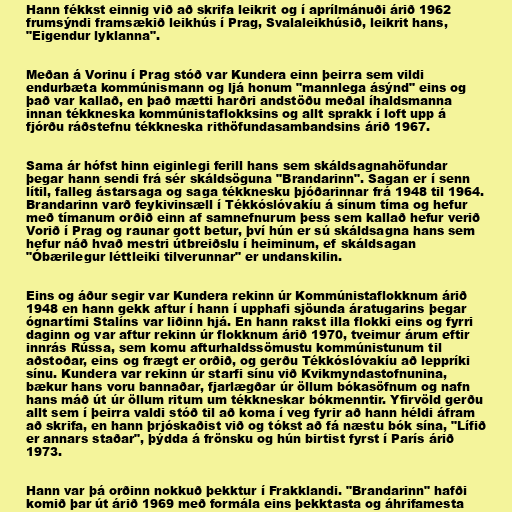
Hann fékkst einnig við að skrifa leikrit og í aprílmánuði árið 1962
frumsýndi framsækið leikhús í Prag, Svalaleikhúsið, leikrit hans,
"Eigendur lyklanna".

Meðan á Vorinu í Prag stóð var Kundera einn þeirra sem vildi
endurbæta kommúnismann og ljá honum "mannlega ásýnd" eins og
það var kallað, en það mætti harðri andstöðu meðal íhaldsmanna
innan tékkneska kommúnistaflokksins og allt sprakk í loft upp á
fjórðu ráðstefnu tékkneska rithöfundasambandsins árið 1967.

Sama ár hófst hinn eiginlegi ferill hans sem skáldsagnahöfundar
þegar hann sendi frá sér skáldsöguna "Brandarinn". Sagan er í senn
lítil, falleg ástarsaga og saga tékknesku þjóðarinnar frá 1948 til 1964.
Brandarinn varð feykivinsæll í Tékkóslóvakíu á sínum tíma og hefur
með tímanum orðið einn af samnefnurum þess sem kallað hefur verið
Vorið í Prag og raunar gott betur, því hún er sú skáldsagna hans sem
hefur náð hvað mestri útbreiðslu í heiminum, ef skáldsagan
"Óbærilegur léttleiki tilverunnar" er undanskilin.

Eins og áður segir var Kundera rekinn úr Kommúnistaflokknum árið
1948 en hann gekk aftur í hann í upphafi sjöunda áratugarins þegar
ógnartími Stalíns var liðinn hjá. En hann rakst illa flokki eins og fyrri
daginn og var aftur rekinn úr flokknum árið 1970, tveimur árum eftir
innrás Rússa, sem komu afturhaldssömustu kommúnistunum til
aðstoðar, eins og frægt er orðið, og gerðu Tékkóslóvakíu að leppríki
sínu. Kundera var rekinn úr starfi sínu við Kvikmyndastofnunina,
bækur hans voru bannaðar, fjarlægðar úr öllum bókasöfnum og nafn
hans máð út úr öllum ritum um tékkneskar bókmenntir. Yfirvöld gerðu
allt sem í þeirra valdi stóð til að koma í veg fyrir að hann héldi áfram
að skrifa, en hann þrjóskaðist við og tókst að fá næstu bók sína, "Lífið
er annars staðar", þýdda á frönsku og hún birtist fyrst í París árið
1973.

Hann var þá orðinn nokkuð þekktur í Frakklandi. "Brandarinn" hafði
komið þar út árið 1969 með formála eins þekktasta og áhrifamesta